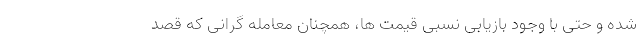
شده و حتی با وجود بازیابی نسبی قیمت ها، همچنان معامله گرانی که قصد